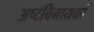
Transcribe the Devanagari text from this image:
अष्टविनायकां